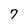
Character: 7